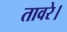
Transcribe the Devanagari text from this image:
तावरे।